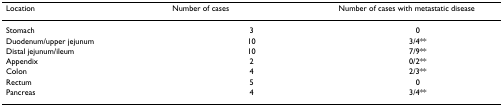
<table><thead><tr><td><b>Location</b></td><td><b>Number of cases</b></td><td><b>Number of cases with metastatic disease</b></td></tr></thead><tbody><tr><td>Stomach</td><td>3</td><td>0</td></tr><tr><td>Duodenum/upper jejunum</td><td>10</td><td>3/4**</td></tr><tr><td>Distal jejunum/ileum</td><td>10</td><td>7/9**</td></tr><tr><td>Appendix</td><td>2</td><td>0/2**</td></tr><tr><td>Colon</td><td>4</td><td>2/3**</td></tr><tr><td>Rectum</td><td>5</td><td>0</td></tr><tr><td>Pancreas</td><td>4</td><td>3/4**</td></tr></tbody></table>